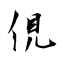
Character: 俔